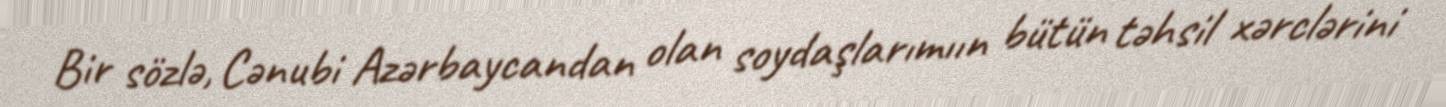
Bir sözlə, Cənubi Azərbaycandan olan soydaşlarımıın bütün təhsil xərclərini